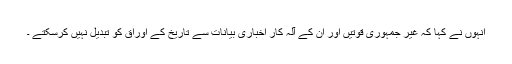
انہوں نے کہا کہ غیر جمہوری قوتیں اور ان کے آلہ کار اخباری بیانات سے تاریخ کے اوراق کو تبدیل نہیں کرسکتے ۔